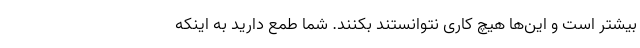
بیشتر است و این‌ها هیچ کاری نتوانستند بکنند. شما طمع دارید به اینکه